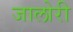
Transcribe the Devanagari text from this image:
जालोरी